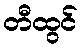
တီထွင်